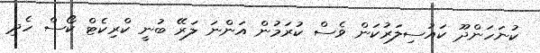
ކުނަހަންދޫ ކައުސިލަރުކަން ވެސް ކުރަމުން އަންނަ ލަރޭ ބުނީ ކްރިކެޓް ކޯސް ހެދި